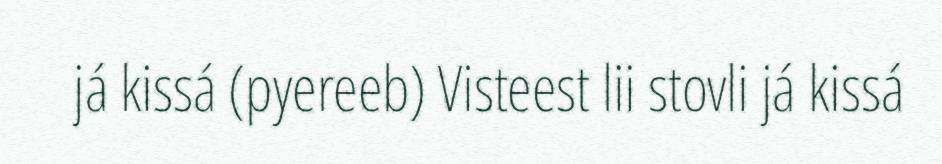
já kissá (pyereeb) Visteest lii stovli já kissá